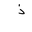
Letter: _thal